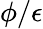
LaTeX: \phi/\epsilon